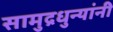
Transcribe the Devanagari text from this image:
सामुद्रधुन्यांनी